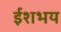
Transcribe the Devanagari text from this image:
ईशभय